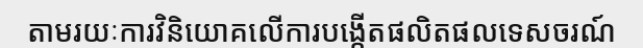
តាមរយៈការវិនិយោគលើការបង្កើតផលិតផលទេសចរណ៍